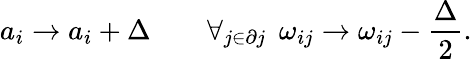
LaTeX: a_{i}\to a_{i}+\Delta\qquad\forall_{j\in\partial j}\: \: \omega_{ij}\to\omega_{ij}-\frac\Delta 2.